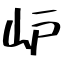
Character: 𡵘